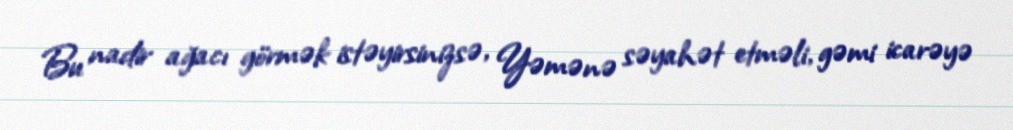
Bu nadir ağacı görmək istəyirsinizsə, Yəmənə səyahət etməli, gəmi icarəyə